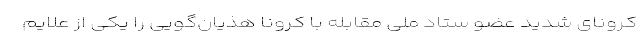
کرونای شدید عضو ستاد ملی مقابله با کرونا هذیان‌گویی را یکی از علایم